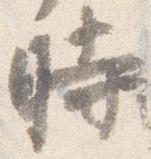
時